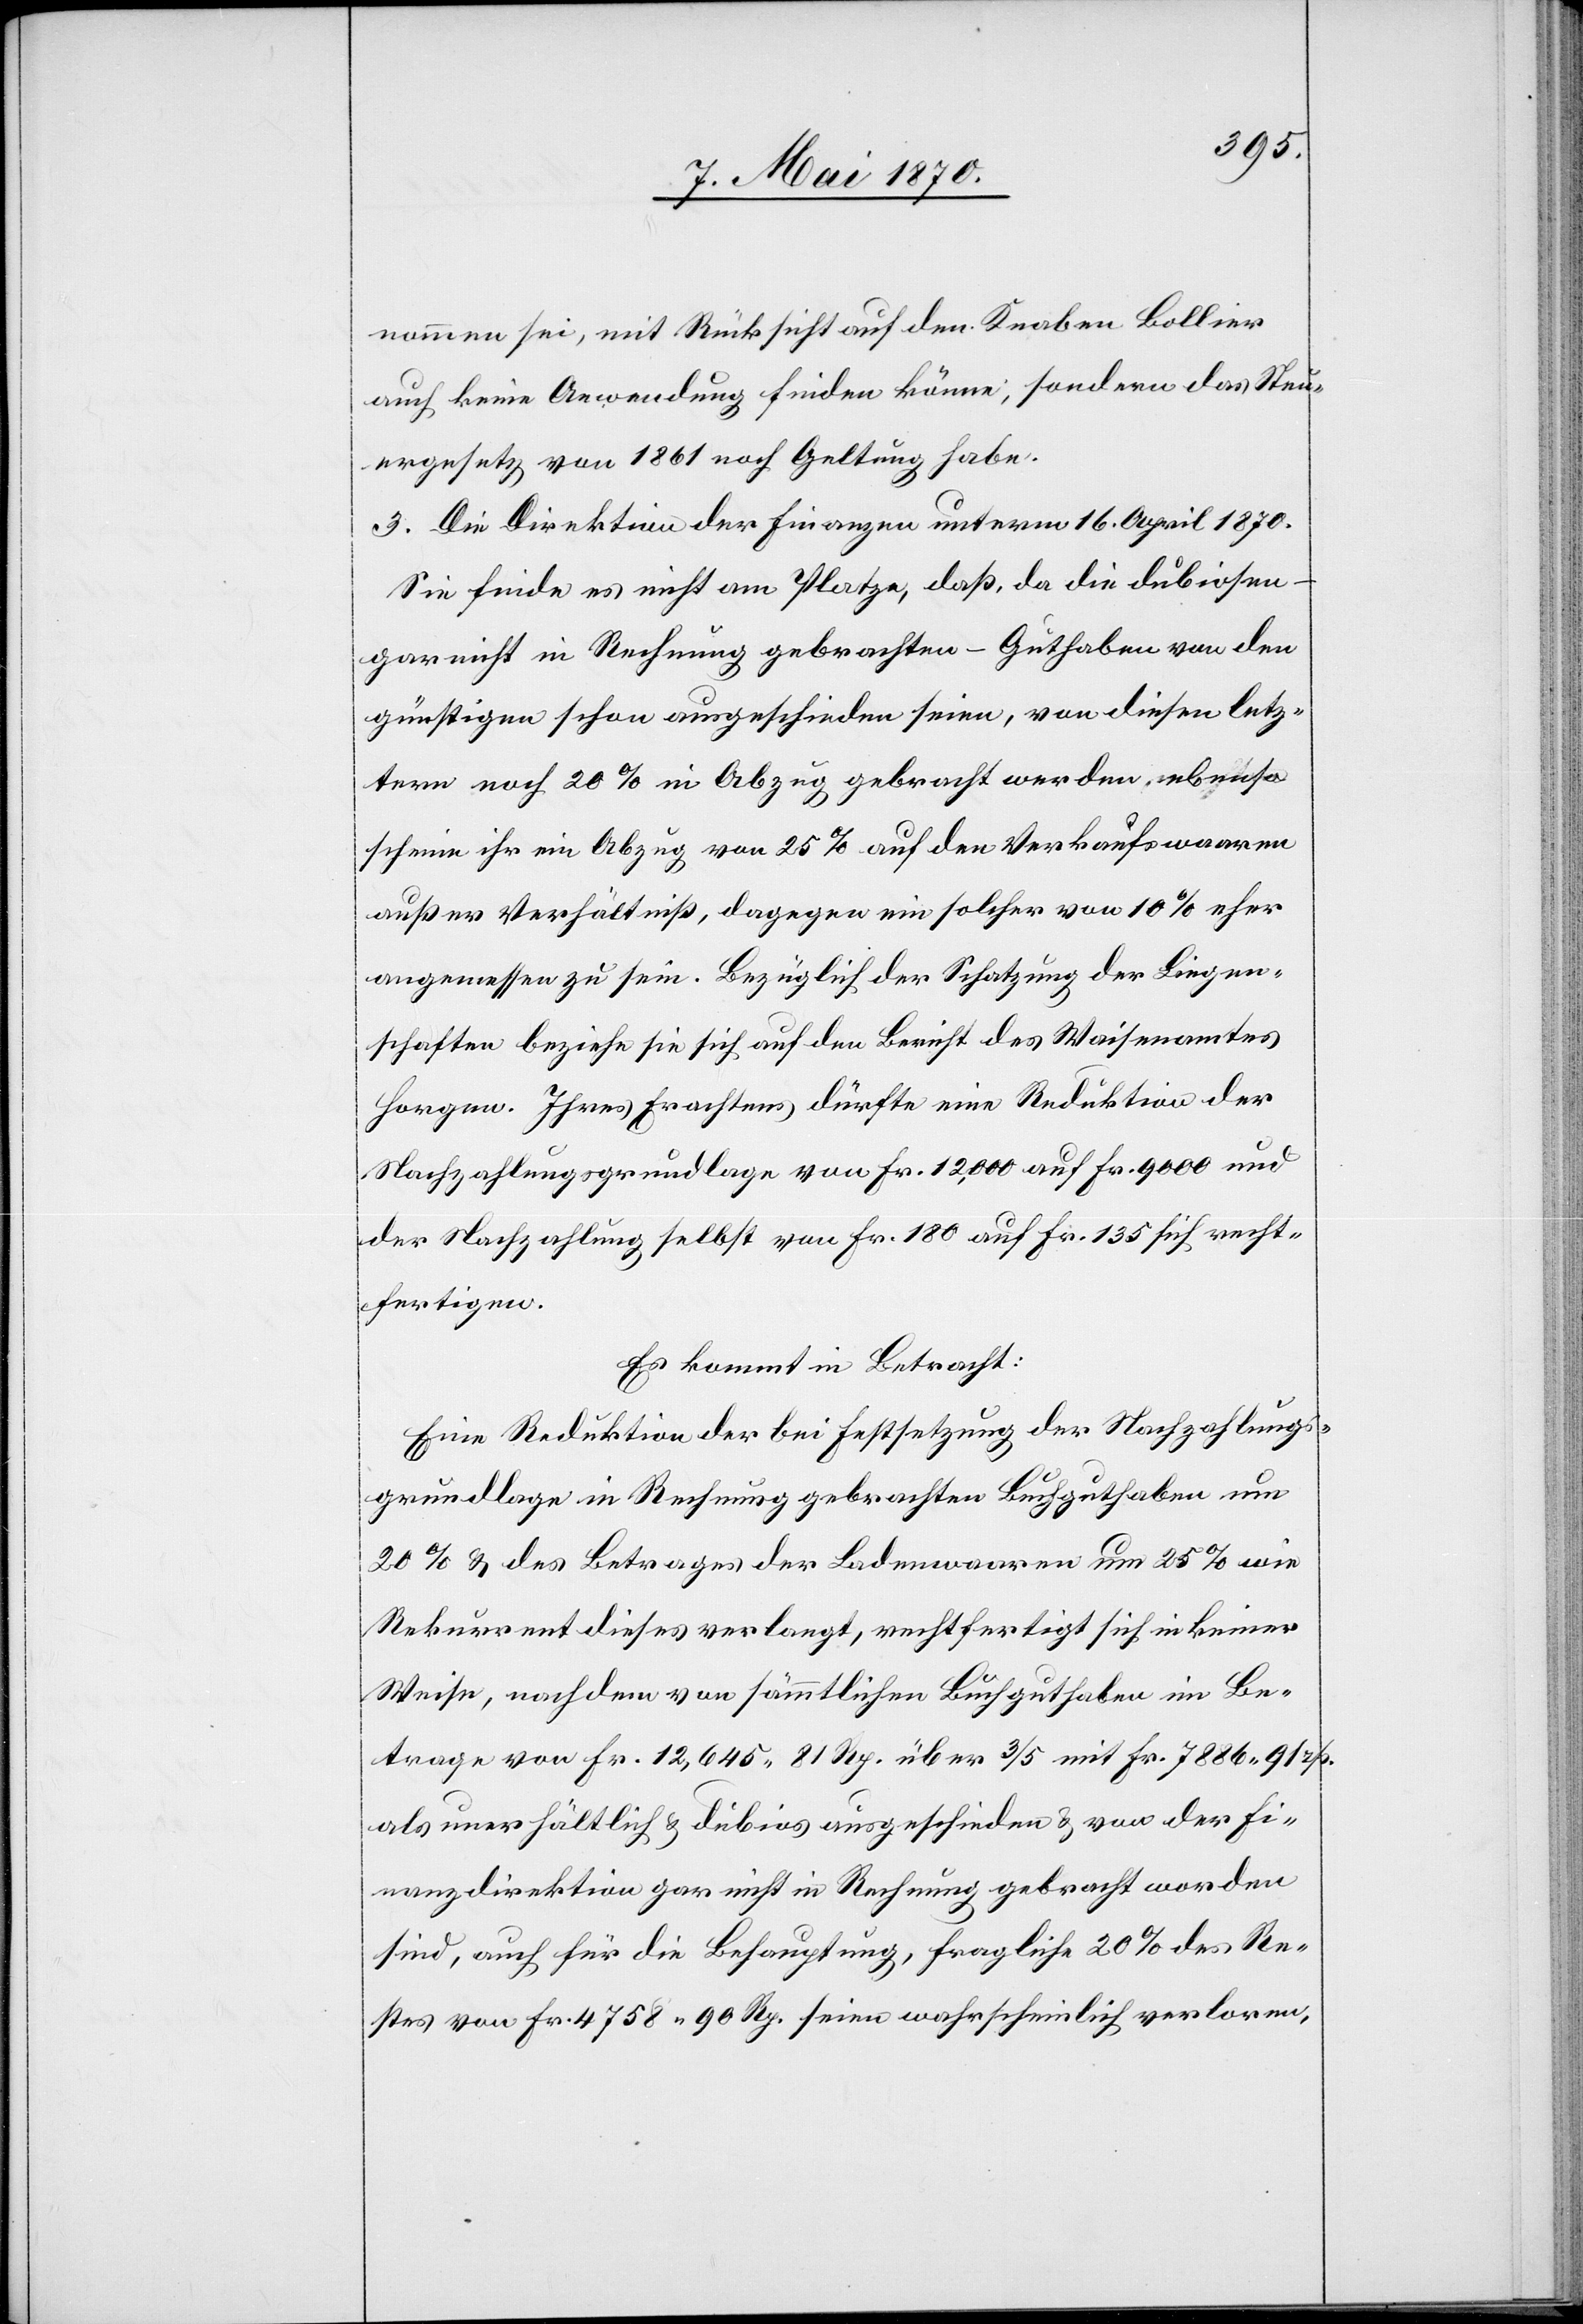
nommen sei, mit Rücksicht auf den Knaben Bollier
auch keine Anwendung finden könne; sondern das Steu¬
ergesetz von 1861 noch Geltung habe.
3. Die Direktion der Finanzen unterm 16. April 1870.
Sie finde es nicht am Platze, daß, da die dubiosen –
gar nicht in Rechnung gebrachten – Guthaben von den
günstigen schon ausgeschieden seien, von diesen letz¬
tern noch 20% in Abzug gebracht werden, ebenso
scheine ihr ein Abzug von 25% auf den Verkaufswaaren
außer Verhältniß, dagegen ein solcher von 10% eher
angemessen zu sein. Bezüglich der Schatzung der Liegen¬
schaften beziehe sie sich auf den Bericht des Waisenamtes
Horgen. Ihres Erachtens dürfte eine Reduktion der
Nachzahlungsgrundlage von Fr. 12,000 auf Fr. 9000 und
der Nachzahlung selbst von Fr. 180 auf Fr. 135 sich recht¬
fertigen.
Es kommt in Betracht:
Eine Reduktion der bei Festsetzung der Nachzahlungs¬
grundlage in Rechnung gebrachten Buchguthaben um
20% & des Betrages der Ladenwaaren um 25% wie
Rekurrent dieses verlangt, rechtfertigt sich in keiner
Wiese, nachdem von sämmtlichen Buchguthaben im Be¬
trage von Fr. 12,645.81 Rp. über 3/5 mit Fr. 7886.91 rp.
als unerhältlich & dubios ausgeschieden & von der Fi¬
nanzdirektion gar nicht in Rechnung gebracht worden
sind, auch für die Behauptung, fragliche 20% des Re¬
stes von Fr. 4758.90 Rp. seien wahrscheinlich verloren,